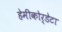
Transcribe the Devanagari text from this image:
हेमीकोर्डेटा